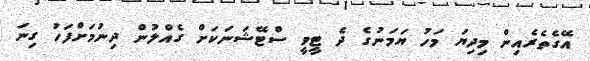
އޭގެތެރެއިން މިދިޔަ މަހު ޔަމަނުގެ ދެ ޓީވީ ސްޓޭޝަނަކަށް ގެއްލުން ދިނުމަށްފަހު ގިނަ